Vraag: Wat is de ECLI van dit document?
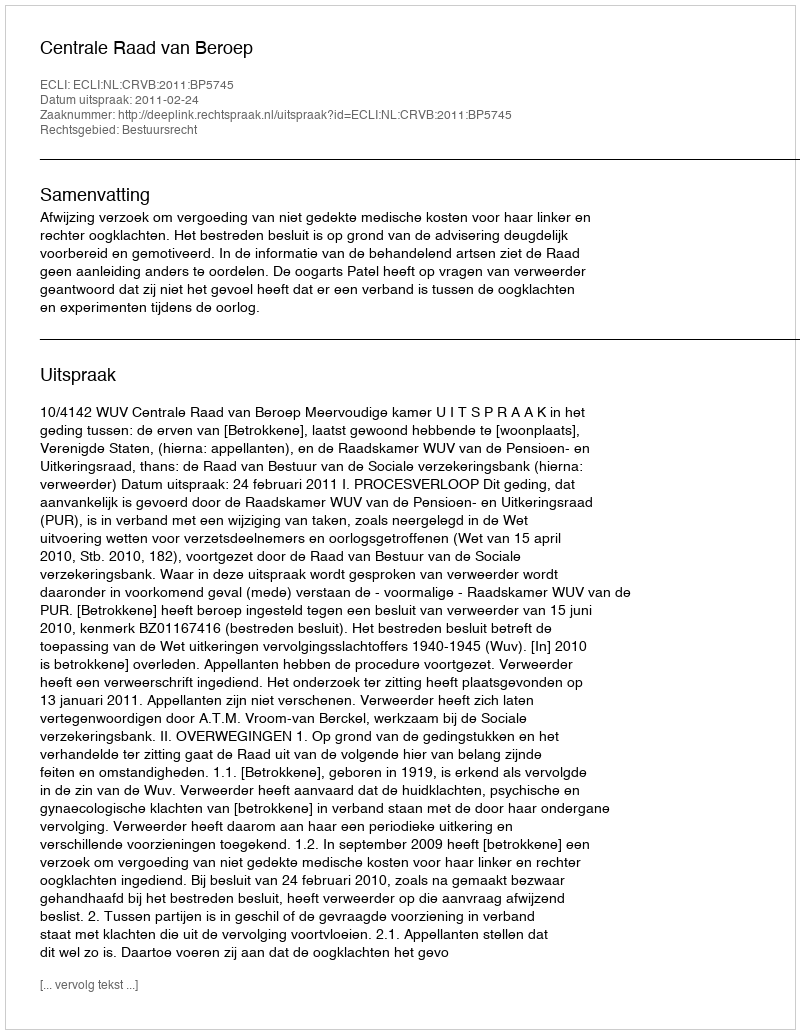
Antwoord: ECLI:NL:CRVB:2011:BP5745